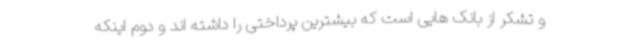
و تشکر از بانک هایی است که بیشترین پرداختی را داشته اند و دوم اینکه